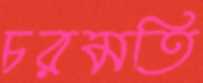
চরমতি